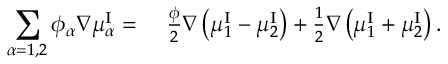
\begin{array} { r l } { \displaystyle \sum _ { \alpha = 1 , 2 } \phi _ { \alpha } \nabla \mu _ { \alpha } ^ { \mathrm { I } } = } & { ~ \frac { \phi } { 2 } \nabla \left( \mu _ { 1 } ^ { \mathrm { I } } - \mu _ { 2 } ^ { \mathrm { I } } \right) + \frac { 1 } { 2 } \nabla \left( \mu _ { 1 } ^ { \mathrm { I } } + \mu _ { 2 } ^ { \mathrm { I } } \right) . } \end{array}